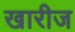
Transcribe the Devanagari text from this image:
खारीज